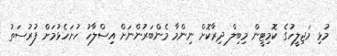
މުޅި މަޖިލީހުގެ ކޮމިޓީން މިބިލް ދިރާކޮށް ނިންމާ މެންބަރުންނަށް އިސްލާހު ހުށަހެޅުމަށް ފުރުސަތު